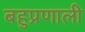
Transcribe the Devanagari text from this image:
बहुप्रणाली